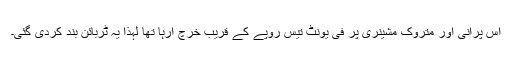
اس پرانی اور متروک مشینری پر فی یونٹ تیس روپے کے قریب خرچ آرہا تھا لہٰذا یہ ٹربائن بند کردی گئی۔